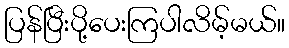
ပြန်ပြီးပို့ပေးကြပါလိမ့်မယ်။